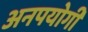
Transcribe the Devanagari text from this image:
अनपयोगी